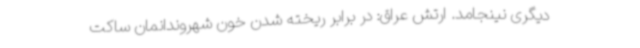
دیگری نینجامد. ارتش عراق: در برابر ریخته شدن خون شهروندانمان ساکت